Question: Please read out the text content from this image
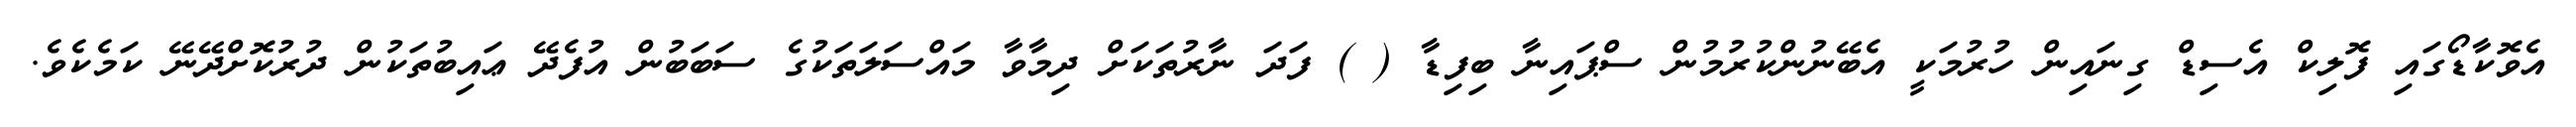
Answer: އެވޮކާޑޯގައި ފޮލިކް އެސިޑް ގިނައިން ހުރުމަކީ އެބޭނުންކުރުމުން ސްޕައިނާ ބިފިޑާ ( ) ފަދަ ނާރުތަކަށް ދިމާވާ މައްސަލަތަކުގެ ސަބަބުން އުފެދޭ ޢައިބުތަކުން ދުރުކޮށްދޭނޭ ކަމެކެވެ.